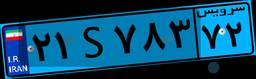
۸۱S۲۵۷۱۹